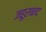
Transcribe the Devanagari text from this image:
जहूराबाद